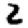
Digit: 2